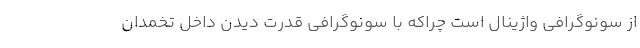
از سونوگرافی واژینال است چراکه با سونوگرافی قدرت دیدن داخل تخمدان